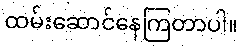
ထမ်းဆောင်နေကြတာပါ။